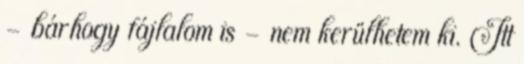
– bárhogy fájlalom is – nem kerülhetem ki. Itt